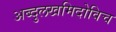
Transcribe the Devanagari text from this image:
अब्दुलखमिदोविच